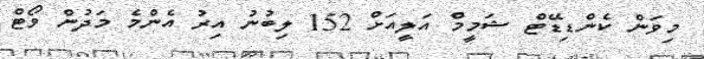
މިވަން ކެންޑިޑޭޓް ޝަމީމް އަލީއަށް 152 ލިބުނު އިރު އެންމެ މަދުން ވޯޓް